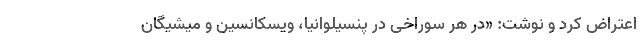
اعتراض کرد و نوشت: «در هر سوراخی در پنسیلوانیا، ویسکانسین و میشیگان